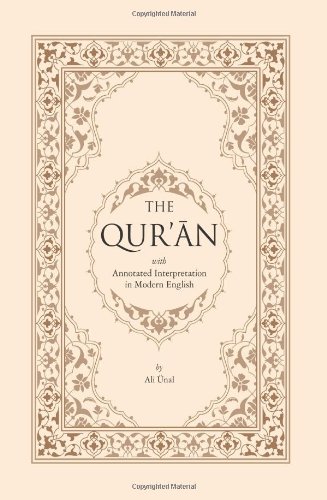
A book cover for The Qur'an with Annotated Interpretation in Modern English; Ali Unal; Religion & Spirituality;